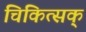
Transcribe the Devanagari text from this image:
चिकित्सक्